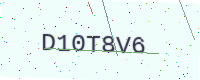
Text: D10T8V6